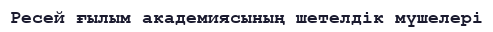
Ресей ғылым академиясының шетелдік мүшелері